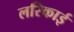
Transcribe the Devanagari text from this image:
लरिकाई